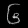
Digit: ၆